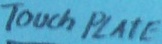
Text: TOUCH PLATE